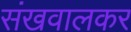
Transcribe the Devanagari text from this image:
संखवालकर